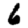
Digit: 6